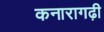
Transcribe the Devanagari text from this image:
कनारागढ़ी